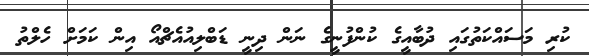
ކުރި މަސައްކަތުގައި ދުބާއީގެ ކުންފުނީގެ ނަން ދިނީ ޑަބްލިއުއެޗްއޯ އިން ކަމަށް ހެލްތު